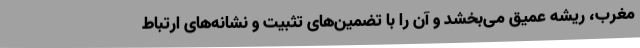
مغرب، ریشه عمیق می‌بخشد و آن را با تضمین‌های تثبیت و نشانه‌های ارتباط